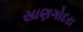
સાણગોદરા